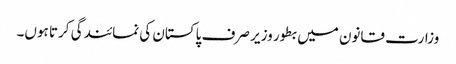
وزارت قانون میں بطور وزیر صرف پاکستان کی نمائندگی کرتا ہوں۔